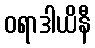
ဝရာဒါယိနီ